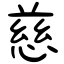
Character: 慈